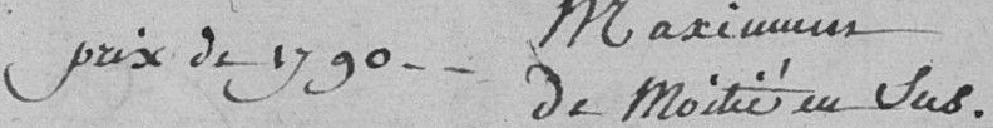
prix de 1790. Maximus de la moitié en sus.